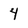
Character: 4